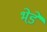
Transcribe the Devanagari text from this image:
भेडे़